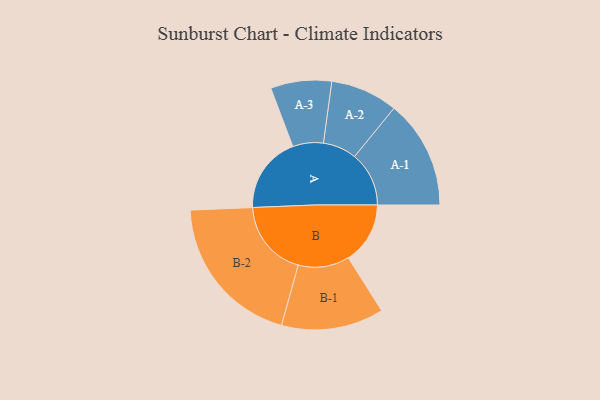
{"axis": {"x": "Segment", "y": "Value"}, "legend": ["", "A", "B"], "data": [{"x": "A", "y": 289, "type": ""}, {"x": "B", "y": 233, "type": ""}, {"x": "A-1", "y": 205, "type": "A"}, {"x": "A-2", "y": 127, "type": "A"}, {"x": "A-3", "y": 115, "type": "A"}, {"x": "B-1", "y": 193, "type": "B"}, {"x": "B-2", "y": 291, "type": "B"}]}